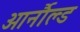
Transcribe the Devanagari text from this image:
आर्नौल्ड